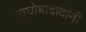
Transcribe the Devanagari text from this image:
राघोबादादांनी